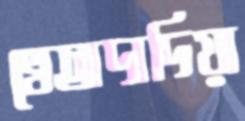
খেঅদাদিয়া